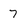
Character: 7